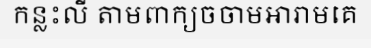
កន្លះលី តាមពាក្យចចាមអារាមគេ